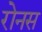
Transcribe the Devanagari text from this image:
रोनस